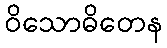
ဝိသောဓိတေန